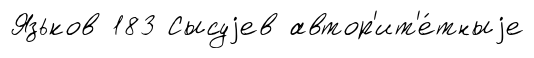
Язьков 183 Сысуjев автор'ит'е́тныjе